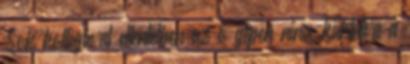
Sok kollégával ellentétben az ő gépén nincs kiiktatva a